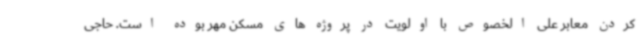
کردن معابر علی الخصوص با اولویت در پروژه های مسکن مهر بوده است. حاجی